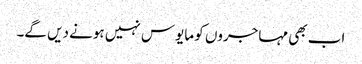
اب بھی مہاجروں کو مایوس نہیں ہونے دیں گے۔